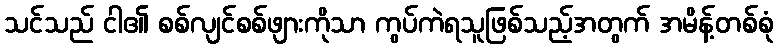
သင်သည် ငါ၏ စစ်လျင်စစ်ဖျားကိုသာ ကွပ်ကဲရသူဖြစ်သည့်အတွက် အမိန့်တစ်စုံ